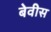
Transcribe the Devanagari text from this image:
बेवीस